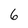
Character: 6